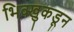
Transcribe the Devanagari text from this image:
भिक्खुकडून